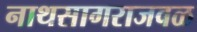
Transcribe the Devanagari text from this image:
नाथसागराजवळ